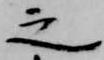
之